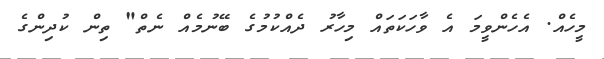
މީހެއް. އެހެންވީމަ އެ ވާހަކަތައް މިހާރު ދެއްކުމުގެ ބޭނުމެއް ނެތް" ތިން ކުދިންގެ